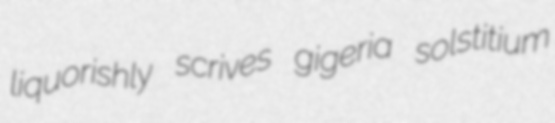
liquorishly scrives gigeria solstitium